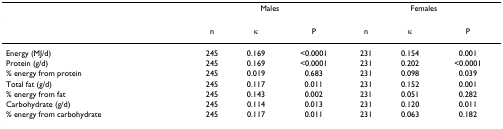
<table><thead><tr><td></td><td colspan="3"><b>Males</b></td><td colspan="3"><b>Females</b></td></tr></thead><tbody><tr><td></td><td>n</td><td>κ</td><td>P</td><td>n</td><td>κ</td><td>P</td></tr><tr><td>Energy (MJ/d)</td><td>245</td><td>0.169</td><td>&lt;0.0001</td><td>231</td><td>0.154</td><td>0.001</td></tr><tr><td>Protein (g/d)</td><td>245</td><td>0.169</td><td>&lt;0.0001</td><td>231</td><td>0.202</td><td>&lt;0.0001</td></tr><tr><td>% energy from protein</td><td>245</td><td>0.019</td><td>0.683</td><td>231</td><td>0.098</td><td>0.039</td></tr><tr><td>Total fat (g/d)</td><td>245</td><td>0.117</td><td>0.011</td><td>231</td><td>0.152</td><td>0.001</td></tr><tr><td>% energy from fat</td><td>245</td><td>0.143</td><td>0.002</td><td>231</td><td>0.051</td><td>0.282</td></tr><tr><td>Carbohydrate (g/d)</td><td>245</td><td>0.114</td><td>0.013</td><td>231</td><td>0.120</td><td>0.011</td></tr><tr><td>% energy from carbohydrate</td><td>245</td><td>0.117</td><td>0.011</td><td>231</td><td>0.063</td><td>0.182</td></tr></tbody></table>